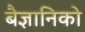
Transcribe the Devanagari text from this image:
बैज्ञानिको